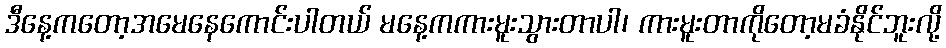
ဒီနေ့ကတော့အမေနေကောင်းပါတယ် မနေ့ကကားမူးသွားတာပါ၊ ကားမူးတာကိုတော့မခံနိုင်ဘူးလို့